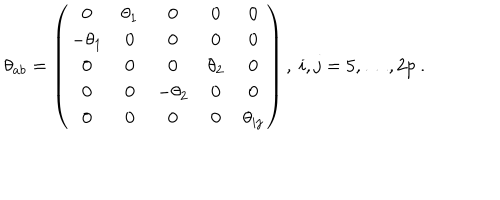
\theta _ { a b } = \left( \begin{array} { c c c c c } { { 0 } } & { { \theta _ { 1 } } } & { { 0 } } & { { 0 } } & { { 0 } } \\ { { - \theta _ { 1 } } } & { { 0 } } & { { 0 } } & { { 0 } } & { { 0 } } \\ { { 0 } } & { { 0 } } & { { 0 } } & { { \theta _ { 2 } } } & { { 0 } } \\ { { 0 } } & { { 0 } } & { { - \theta _ { 2 } } } & { { 0 } } & { { 0 } } \\ { { 0 } } & { { 0 } } & { { 0 } } & { { 0 } } & { { \theta _ { i j } } } \\ \end{array} \right) , \ i , j = 5 , \dots , 2 p \ .